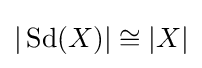
|\operatorname {Sd} (X)|\cong |X|